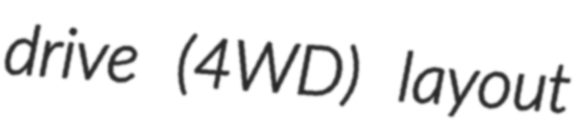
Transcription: drive (4WD) layout